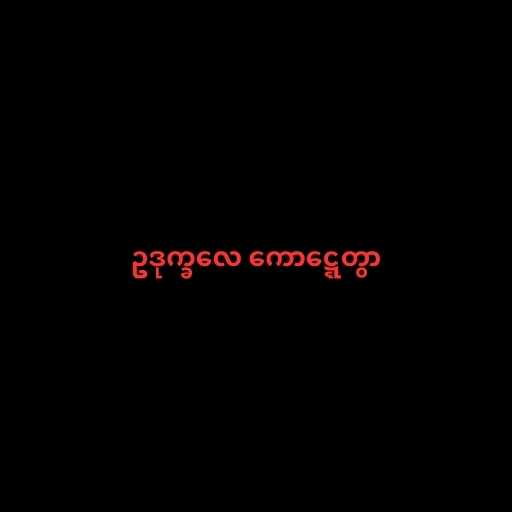
ဥဒုက္ခလေ ကောဋ္ဋေတွာ